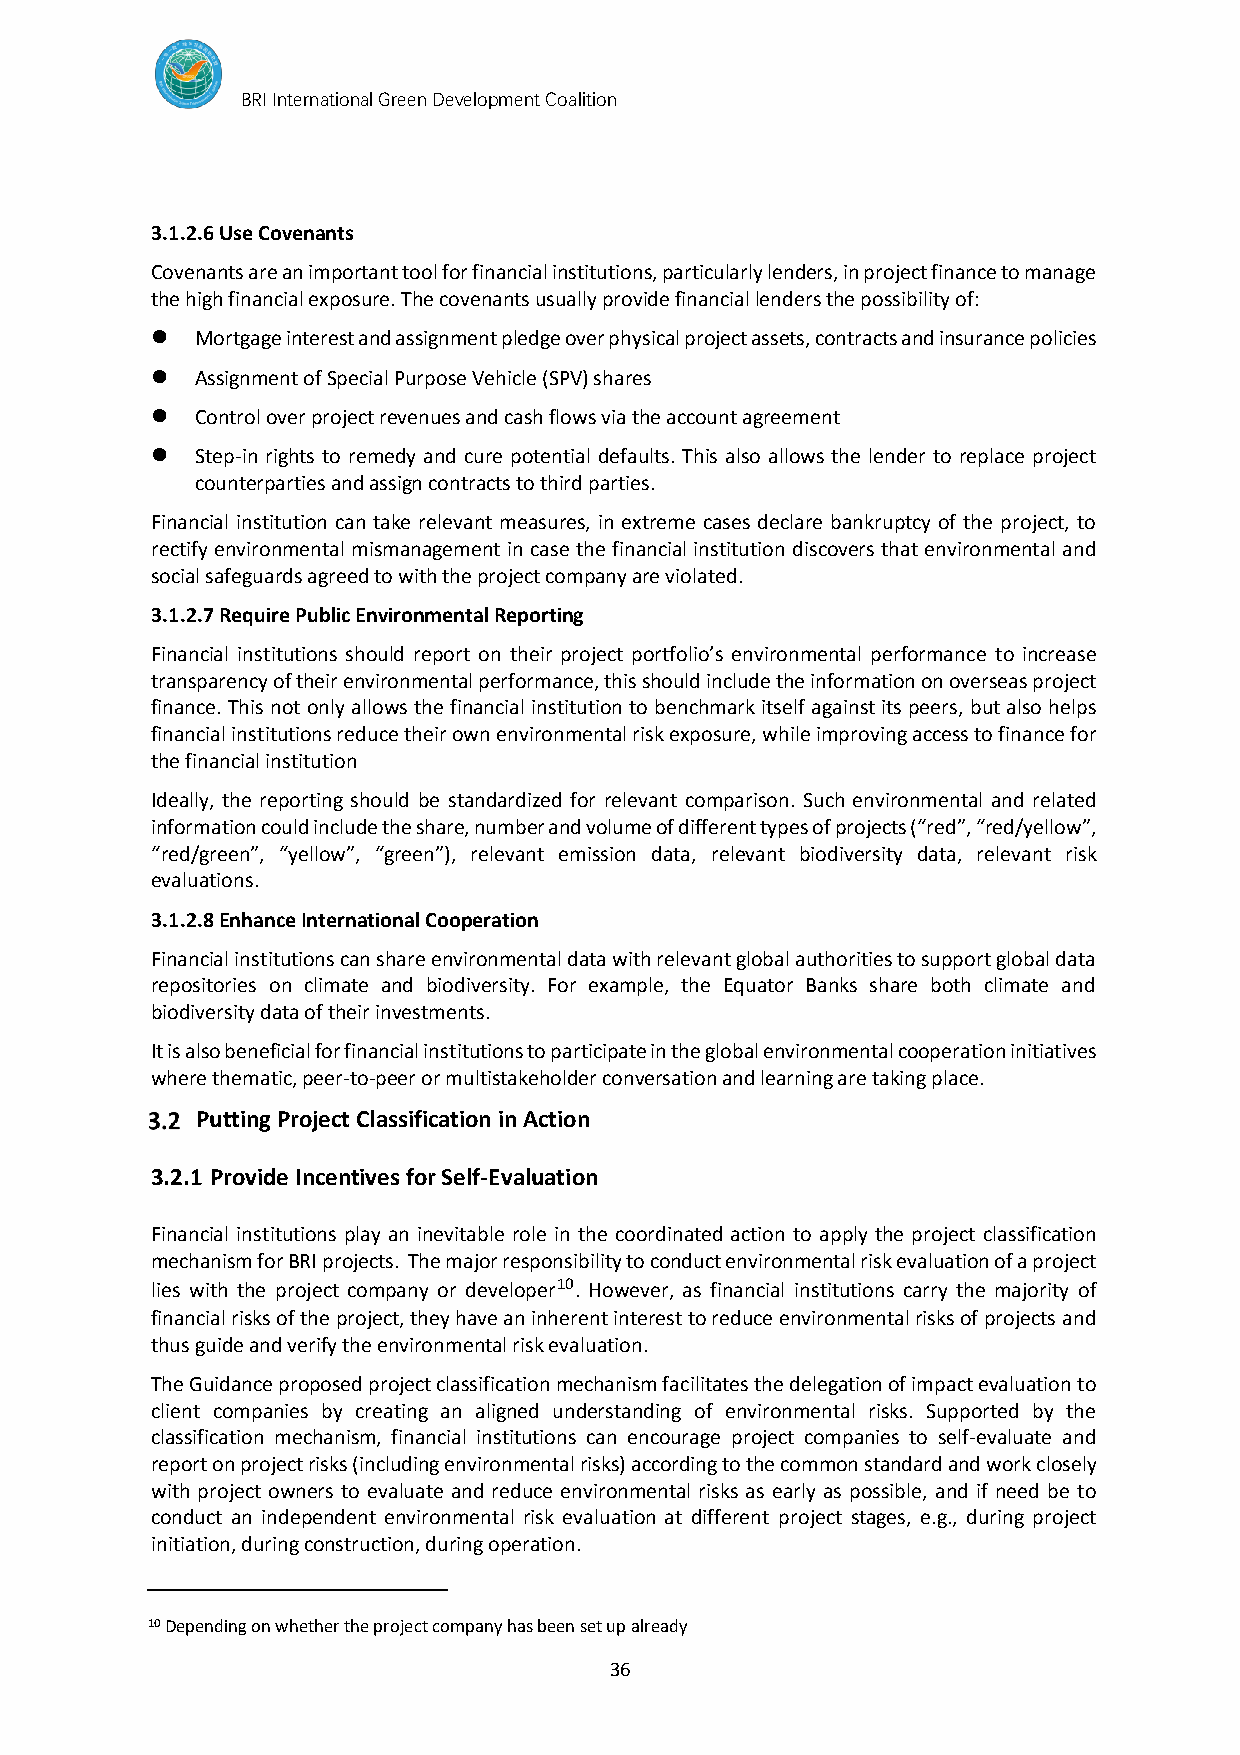
BRI International Green Development Coalition
 3.1.2.6 Use Covenants
 Covenants are an important tool for financial institutions, particularly lenders, in project finance to manage
 the high financial exposure. The covenants usually provide financial lenders the possibility of:
 ⚫  Mortgage interest and assignment pledge over physical project assets, contracts and insurance policies
 ⚫  Assignment of Special Purpose Vehicle (SPV) shares
 ⚫  Control over project revenues and cash flows via the account agreement
 ⚫  Step-in rights to remedy and cure potential defaults. This also allows the lender to replace project
 counterparties and assign contracts to third parties.
 Financial institution can take relevant measures, in extreme cases declare bankruptcy of the project, to
 rectify environmental mismanagement in case the financial institution discovers that environmental and
 social safeguards agreed to with the project company are violated.
 3.1.2.7 Require Public Environmental Reporting
 Financial institutions should report on their project portfolio’s environmental performance to increase
 transparency of their environmental performance, this should include the information on overseas project
 finance. This not only allows the financial institution to benchmark itself against its peers, but also helps
 financial institutions reduce their own environmental risk exposure, while improving access to finance for
 the financial institution
 Ideally, the reporting should be standardized for relevant comparison. Such environmental and related
 information could include the share, number and volume of different types of projects (“red”, “red/yellow”,
 “red/green”, “yellow”, “green”), relevant emission data, relevant biodiversity data, relevant risk
 evaluations.
 3.1.2.8 Enhance International Cooperation
 Financial institutions can share environmental data with relevant global authorities to support global data
 repositories on climate and biodiversity. For example, the Equator Banks share both climate and
 biodiversity data of their investments.
 It is also beneficial for financial institutions to participate in the global environmental cooperation initiatives
 where thematic, peer-to-peer or multistakeholder conversation and learning are taking place.
 Putting Project Classification in Action
 3.2.1 Provide Incentives for Self-Evaluation
 Financial institutions play an inevitable role in the coordinated action to apply the project classification
 mechanism for BRI projects. The major responsibility to conduct environmental risk evaluation of a project
 lies with the project company or developer10. However, as financial institutions carry the majority of
 financial risks of the project, they have an inherent interest to reduce environmental risks of projects and
 thus guide and verify the environmental risk evaluation.
 The Guidance proposed project classification mechanism facilitates the delegation of impact evaluation to
 client companies by creating an aligned understanding of environmental risks. Supported by the
 classification mechanism, financial institutions can encourage project companies to self-evaluate and
 report on project risks (including environmental risks) according to the common standard and work closely
 with project owners to evaluate and reduce environmental risks as early as possible, and if need be to
 conduct an independent environmental risk evaluation at different project stages, e.g., during project
 initiation, during construction, during operation.
 10 Depending on whether the project company has been set up already
 36